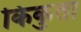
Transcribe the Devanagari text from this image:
किकुता